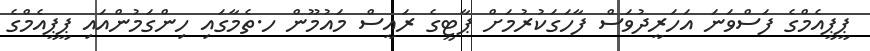
ޕީޕީއެމްގެ ފަސްވަނަ އަހަރީދުވަސް ފާހަގަކުރުމަށް ޕާޓީގެ ރައީސް މައުމޫން ހ.ތެމާގައި ހިންގަމުންއައި ޕީޕީއެމްގެ